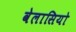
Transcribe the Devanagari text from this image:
वेलासियो